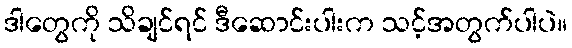
ဒါတွေကို သိချင်ရင် ဒီဆောင်းပါးက သင့်အတွက်ပါပဲ။